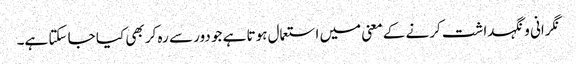
نگرانی و نگہداشت کرنے کے معنی میں استعمال ہوتا ہے جو دور سے رہ کر بھی کیا جا سکتا ہے۔